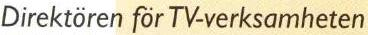
Direktören för TV-verksamheten